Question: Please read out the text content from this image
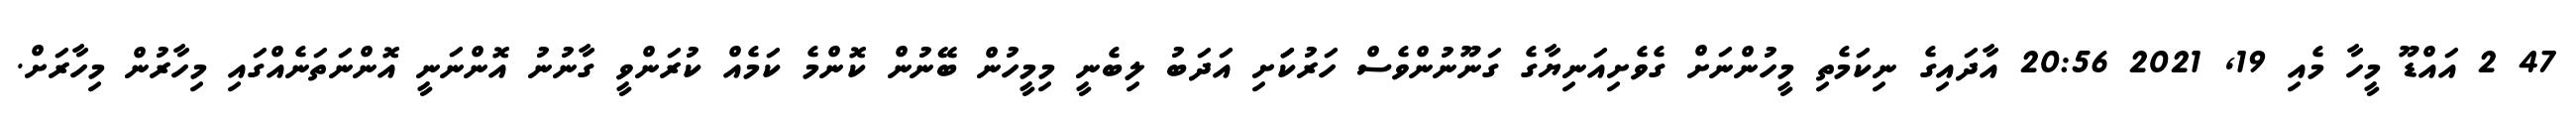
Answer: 47 2 އައްޑޫ މީހާ މެއި 19, 2021 20:56 އާދައިގެ ނިކަމެތި މީހުންނަށް ގެވެށިއަނިޔާގެ ގަނޫނުންވެސް ހަރުކަަށި އަދަބު ލިބެނީ މިމީހުން ބޭނުން ކޮންމެ ކަމެއް ކުރަންވީ ގާނުނު އޮންނަނީ އޮންނަތަނެއްގައި މިހާރުން މިހާރަށް.